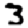
Digit: 3